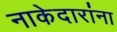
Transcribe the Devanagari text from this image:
नाकेदारांना